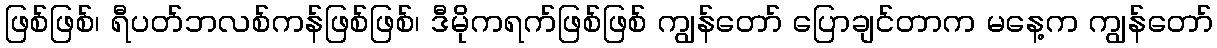
ဖြစ်ဖြစ်၊ ရီပတ်ဘလစ်ကန်ဖြစ်ဖြစ်၊ ဒီမိုကရက်ဖြစ်ဖြစ် ကျွန်တော် ပြောချင်တာက မနေ့က ကျွန်တော်